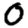
Digit: 0